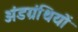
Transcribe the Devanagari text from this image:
अंडग्रंथियों